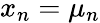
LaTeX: x_{n}=\mu_{n}